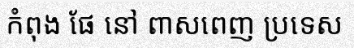
កំពុង ផែ នៅ ពាសពេញ ប្រទេស